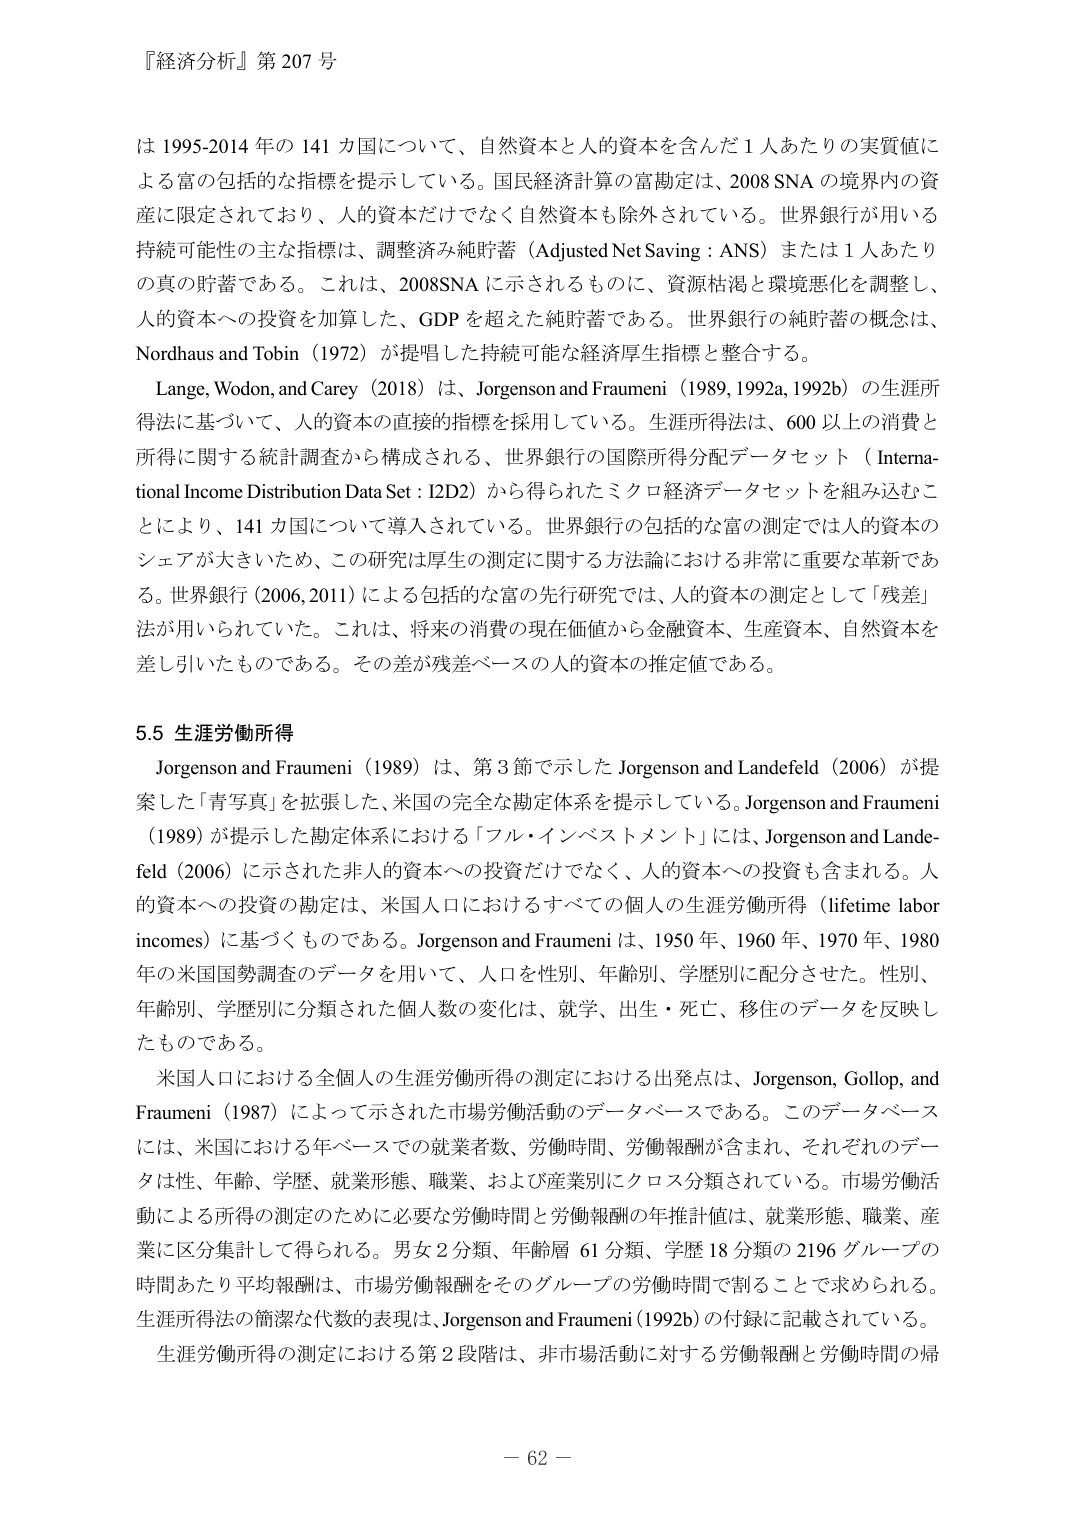
『経済分析』第 207 号

は 1995-2014 年の 141 カ国について、自然資本と人的資本を含んだ 1 人あたりの実質値に
よる富の包括的な指標を提示している。国民経済計算の富測定は、2008 SNA の境界内の資
産に限定されており、人的資本だけでなく自然資本も除外されている。世界銀行が用いる
持続可能性の主な指標は、調整済み純貯蓄（Adjusted Net Saving：ANS）または 1 人あたり
の真の貯蓄である。これは、2008SNA に示されるものに、資源枯渇と環境悪化を調整し、
人的資本への投資を加算した、GDP を超えた純貯蓄である。世界銀行の純貯蓄の概念は、
Nordhaus and Tobin（1972）が提唱した持続可能な経済厚生指標と整合する。

Lange, Wodon, and Carey（2018）は、Jorgenson and Fraumeni（1989, 1992a, 1992b）の生涯所
得法に基づいて、人的資本の直接的指標を採用している。生涯所得法は、600 以上の消費と
所得に関する統計調査から構成される、世界銀行の国際所得分配データセット（Internationa-
l Income Distribution Data Set：I2D2）から得られたミクロ経済データセットを組み込むこ
とにより、141 カ国について導入されている。世界銀行の包括的な富の測定では人的資本の
シェアが大きいため、この研究は厚生の測定に関する方法論における非常に重要な革新であ
る。世界銀行（2006, 2011）による包括的な富の先行研究では、人的資本の測定として「残差」
法が用いられていた。これは、将来の消費の現在価値から金融資本、生産資本、自然資本を
差し引いたものである。その差が残差ベースの人的資本の推定値である。

5.5 生涯労働所得

Jorgenson and Fraumeni（1989）は、第 3 節で示した Jorgenson and Landefeld（2006）が提
案した「青写真」を拡張した、米国の完全な勘定体系を提示している。Jorgenson and Fraumeni
（1989）が提示した勘定体系における「フル・インベストメント」には、Jorgenson and Lande-
feld（2006）に示された非人的資本への投資だけでなく、人的資本への投資も含まれる。人
的資本への投資の勘定は、米国人口におけるすべての個人の生涯労働所得（lifetime labor
incomes）に基づくものである。Jorgenson and Fraumeni は、1950 年、1960 年、1970 年、1980
年の米国国勢調査のデータを用いて、人口を性別、年齢別、学歴別に配分させた。性別、
年齢別、学歴別に分類された個人数の変化は、就学、出生・死亡、移住のデータを反映し
たものである。

米国人口における全個人の生涯労働所得の測定における出発点は、Jorgenson, Gollop, and
Fraumeni（1987）によって示された市場労働活動のデータベースである。このデータベース
には、米国における年ベースでの就業者数、労働時間、労働報酬が含まれ、それぞれのデー
タは性、年齢、学歴、就業形態、職業、および産業別にクロス分類されている。市場労働活
動による所得の測定のために必要な労働時間と労働報酬の年推計値は、就業形態、職業、産
業に区分集計して得られる。男女 2 分類、年齢層 61 分類、学歴 18 分類の 2196 グループの
時間あたり平均報酬は、市場労働報酬をそのグループの労働時間で割ることで求められる。
生涯所得法の簡潔な代数的表現は、Jorgenson and Fraumeni（1992b）の付録に記載されている。
生涯労働所得の測定における第 2 段階は、非市場活動に対する労働報酬と労働時間の帰

－ 62 －